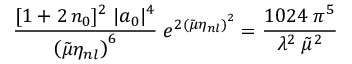
\frac { [ 1 + 2 \, n _ { 0 } ] ^ { 2 } \; | a _ { 0 } | ^ { 4 } } { \left( { \tilde { \mu } } \eta _ { n l } \right) ^ { 6 } } \; e ^ { 2 \left( { \tilde { \mu } } \eta _ { n l } \right) ^ { 2 } } = \frac { 1 0 2 4 \; \pi ^ { 5 } } { \lambda ^ { 2 } \; { \tilde { \mu } } ^ { 2 } }